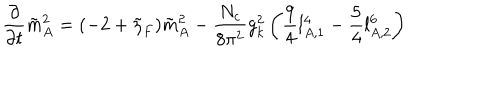
\frac { \partial } { \partial t } \tilde { m } _ { A } ^ { 2 } = ( - 2 + \tilde { \eta } _ { F } ) \tilde { m } _ { A } ^ { 2 } - \frac { N _ { c } } { 8 \pi ^ { 2 } } g _ { k } ^ { 2 } \left( \frac { 9 } { 4 } l _ { A , 1 } ^ { 4 } - \frac { 5 } { 4 } l _ { A , 2 } ^ { 6 } \right)